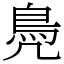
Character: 鳧